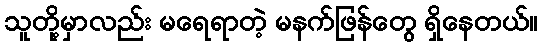
သူတို့မှာလည်း မရေရာတဲ့ မနက်ဖြန်တွေ ရှိနေတယ်။